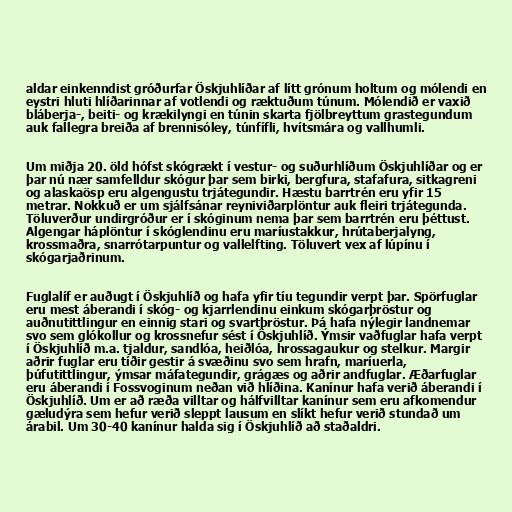
aldar einkenndist gróðurfar Öskjuhlíðar af lítt grónum holtum og mólendi en
eystri hluti hlíðarinnar af votlendi og ræktuðum túnum. Mólendið er vaxið
bláberja-, beiti- og krækilyngi en túnin skarta fjölbreyttum grastegundum
auk fallegra breiða af brennisóley, túnfífli, hvítsmára og vallhumli.

Um miðja 20. öld hófst skógrækt í vestur- og suðurhlíðum Öskjuhlíðar og er
þar nú nær samfelldur skógur þar sem birki, bergfura, stafafura, sitkagreni
og alaskaösp eru algengustu trjátegundir. Hæstu barrtrén eru yfir 15
metrar. Nokkuð er um sjálfsánar reyniviðarplöntur auk fleiri trjátegunda.
Töluverður undirgróður er í skóginum nema þar sem barrtrén eru þéttust.
Algengar háplöntur í skóglendinu eru maríustakkur, hrútaberjalyng,
krossmaðra, snarrótarpuntur og vallelfting. Töluvert vex af lúpínu í
skógarjaðrinum.

Fuglalíf er auðugt í Öskjuhlíð og hafa yfir tíu tegundir verpt þar. Spörfuglar
eru mest áberandi í skóg- og kjarrlendinu einkum skógarþröstur og
auðnutittlingur en einnig stari og svartþröstur. Þá hafa nýlegir landnemar
svo sem glókollur og krossnefur sést í Öskjuhlíð. Ýmsir vaðfuglar hafa verpt
í Öskjuhlíð m.a. tjaldur, sandlóa, heiðlóa, hrossagaukur og stelkur. Margir
aðrir fuglar eru tíðir gestir á svæðinu svo sem hrafn, maríuerla,
þúfutittlingur, ýmsar máfategundir, grágæs og aðrir andfuglar. Æðarfuglar
eru áberandi í Fossvoginum neðan við hlíðina. Kanínur hafa verið áberandi í
Öskjuhlíð. Um er að ræða villtar og hálfvilltar kanínur sem eru afkomendur
gæludýra sem hefur verið sleppt lausum en slíkt hefur verið stundað um
árabil. Um 30-40 kanínur halda sig í Öskjuhlíð að staðaldri.